Leaving Certificate Examination, 1925
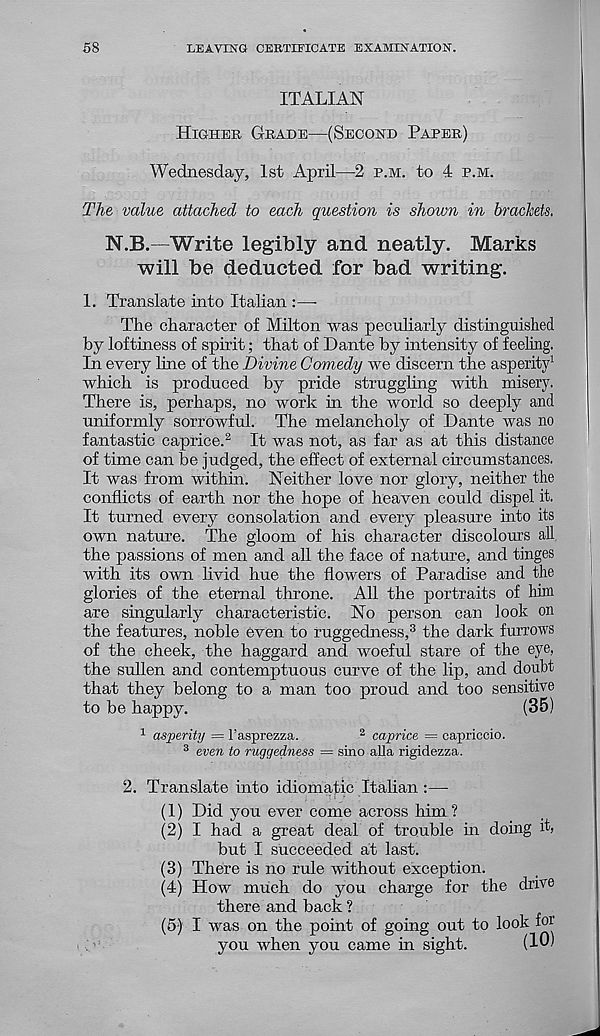
58
LEAVING CERTIEICATE EXAMINATION.
ITALIAN
Higher Grade—(Second Paper)
Wednesday, 1st April—2 p.m. to 4 p.m.
The value attached to each question is shown in brackets.
N.B.—Write legibly and neatly. Marks
will be deducted for bad writing.
1. Translate into Italian :—-
The character of Milton was peculiarly distinguished
by loftiness of spirit; that of Dante by intensity of feeling.
In every line of the Divine Comedy we discern the asperity 1
which is produced by pride struggling with misery.
There is, perhaps, no work in the world so deeply and
uniformly sorrowful. The melancholy of Dante was no
fantastic caprice. 2 It was not, as far as at this distance
of time can be judged, the effect of external circumstances.
It was from within. Neither love nor glory, neither the
conflicts of earth nor the hope of heaven could dispel it.
It turned every consolation and every pleasure into its
own nature. The gloom of his character discolours all
the passions of men and all the face of nature, and tinges
with its own livid hue the flowers of Paradise and the
glories of the eternal throne. All the portraits of him
are singularly characteristic. No person can look on
the features, noble even to ruggedness, 3 the dark furrows
of the cheek, the haggard and woeful stare of the eye,
the sullen and contemptuous curve of the lip, and doubt
that they belong to a man too proud and too sensitive
to be happy.
(35)
1 asperity = 1’asprezza.
2 caprice = capriccio.
3 even to ruggedness = sino alia rigidezza.
2. Translate into idiomatic Italian :—
(1) Did you ever come across him ?
(2) I had a great deal of trouble in doing it,
but I succeeded at last.
(3) There is no rule without exception.
(4) How much do you charge for the drive
there and hack ?
(5) I was on the point of going out to look for
you when you came in sight.
(10)